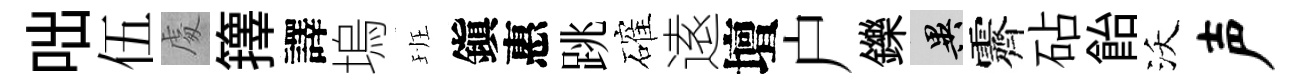
咄伍䖏籜譯塢班鎭惠跳確逺壇户鑠异霽砧飴沃声